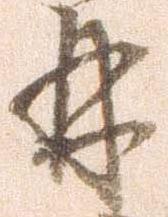
林